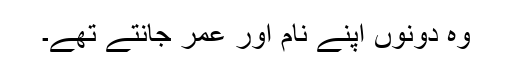
وہ دونوں اپنے نام اور عمر جانتے تھے۔